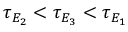
\tau _ { E _ { 2 } } < \tau _ { E _ { 3 } } < \tau _ { E _ { 1 } }